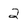
Character: 2